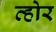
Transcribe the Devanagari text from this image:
व्होर